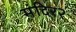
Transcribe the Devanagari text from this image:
मंदिर२